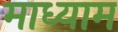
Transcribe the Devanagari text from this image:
माध्याम